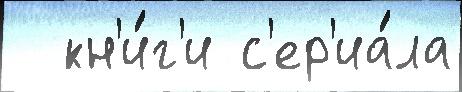
  кн'и́г'и с'ер'иа́ла